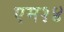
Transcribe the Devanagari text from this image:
एम१४